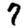
Digit: 7